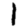
Digit: 1